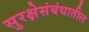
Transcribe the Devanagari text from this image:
सुरक्षेसंबंधातील